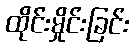
ထိုင်းမှိုင်းခြင်း